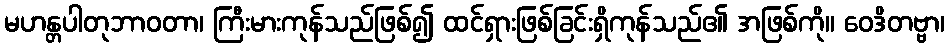
မဟန္တပါတုဘာဝတာ၊ ကြီးမားကုန်သည်ဖြစ်၍ ထင်ရှားဖြစ်ခြင်းရှိကုန်သည်၏ အဖြစ်ကို။ ဝေဒိတဗ္ဗာ၊